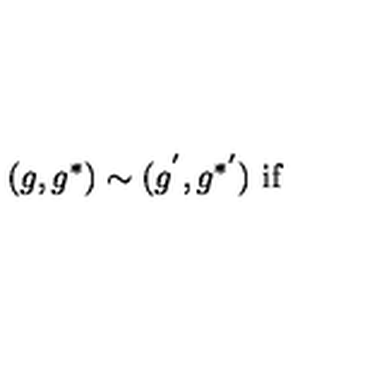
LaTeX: ( g , g ^ { * } ) \sim ( g ^ { ' } , g ^ { * ^ { \prime } } ) \ \mathrm { i f }